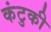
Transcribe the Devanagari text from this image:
कंटुकी